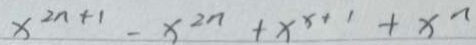
x ^ { 2 n + 1 } - x ^ { 2 n } + x ^ { x + 1 } + x ^ { n }